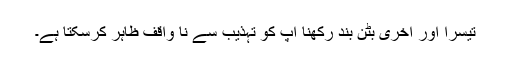
تیسرا اور آخری بٹن بند رکھنا آپ کو تہذیب سے نا واقف ظاہر کرسکتا ہے۔